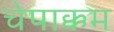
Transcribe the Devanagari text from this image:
चेपाक्कम